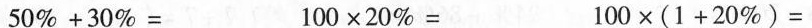
$$5 0 % + 3 0 % = $$ $$1 0 0 × 2 0 % =$$ $$1 0 0 × ( 1 + 2 0 % ) =$$